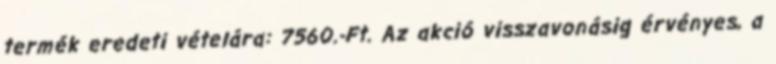
termék eredeti vételára: 7560.-Ft. Az akció visszavonásig érvényes, a